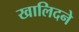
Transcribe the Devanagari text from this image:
खालिदने